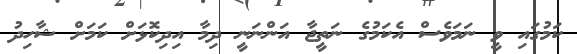
ކަމުގައި ވީ ނަމަވެސް އެކަމުގެ ނަތީޖާ އަންނަނީ ދިމާ އިދިކޮޅަށް ކަމަށް ޝާހިދު